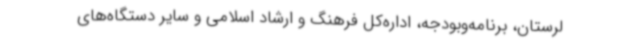
لرستان، برنامه‌وبودجه، اداره‌کل فرهنگ و ارشاد اسلامی و سایر دستگاه‌های